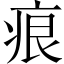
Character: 痕